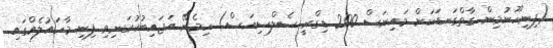
(ފިނިހޫނުމިން ގާތްގަނޑަކަށް މައިނަސް 200 ޑިގްރީ ސެލްސިއަސް) ހިމެނޭ އަޖައިބުކުރަނިވި ފިނި މާހައުލެއްގައި